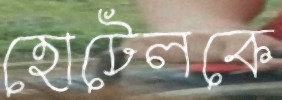
হোটেলকে